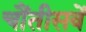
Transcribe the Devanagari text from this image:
चौंतीसवें